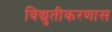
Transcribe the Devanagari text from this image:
विद्युतीकरणास